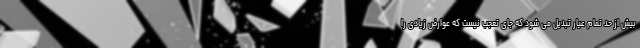
بیش از حد تمام عیار تبدیل می شود که جای تعجب نیست که عوارض زیادی را